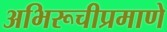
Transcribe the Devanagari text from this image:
अभिरूचीप्रमाणे